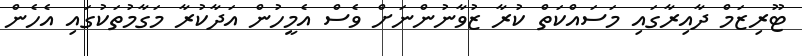
ޓޫރިޒަމް ދާއިރާގައި މަސައްކަތް ކުރާ ޒުވާނުންނަށް ވެސް އެމީހުން އަދާކުރާ މަގާމުތަކުގައި އެހެން